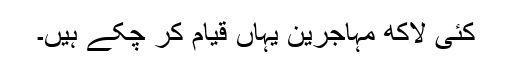
کئی لاکھ مہاجرین یہاں قیام کر چکے ہیں۔